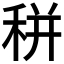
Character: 𥞩